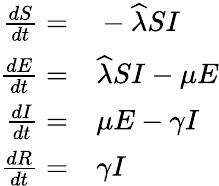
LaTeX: \begin{array}{rl}{\frac{dS}{dt}=}&{{}-\widehat{\lambda}SI}\\ {\frac{dE}{dt}=}&{{}\widehat{\lambda}SI-\mu E}\\ {\frac{dI}{dt}=}&{{}\mu E-\gamma I}\\ {\frac{dR}{dt}=}&{{}\gamma I}\end{array}